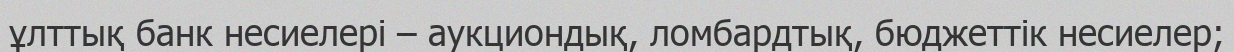
ұлттық банк несиелері – аукциондық, ломбардтық, бюджеттік несиелер;